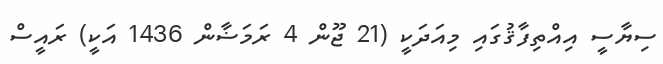
ސިޔާސީ އިއްތިފާޤުގައި މިއަދަކީ (21 ޖޫން 4 ރަމަޟާން 1436 އަކީ) ރައީސް